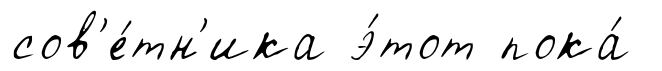
сов'е́тн'ика э́тот пока́